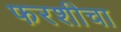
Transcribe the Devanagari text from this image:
फरशीचा